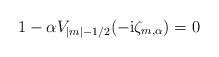
LaTeX: \begin{align*} 1- \alpha V_{|m| -1/2}(-\mathrm i\zeta_{m, \alpha}) =0\end{align*}